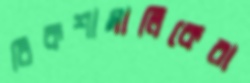
রিকশামালিকেরা